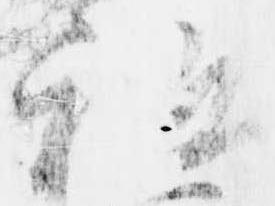
祖